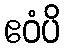
ဧဝံပိ